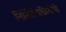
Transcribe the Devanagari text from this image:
निर्मितीप्रक्रियेची